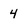
Character: 4